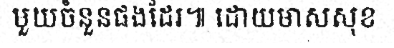
មួយចំនួនផងដែរ៕ ដោយមាសសុខ